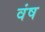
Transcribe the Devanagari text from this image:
वंष